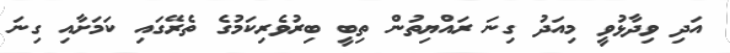
އަދި ވިދާޅުވީ މިއަދު ގިނަ ރައްޔިތުން ތިބީ ބިރުވެރިކަމުގެ ތެރޭގައި ކަމަށާއި ގިނަ